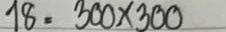
18 = 300 x 300